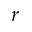
r